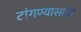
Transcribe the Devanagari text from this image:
टांगण्यासाठी